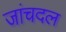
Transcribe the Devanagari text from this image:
जांचदल